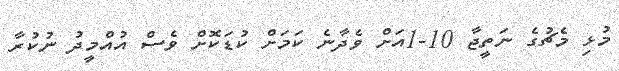
މުޅި މެޗުގެ ނަތީޖާ 10-1އަށް ވެދާނެ ކަމަށް ކުޑަކޮށް ވެސް އުއްމީދު ނުކުރާ